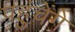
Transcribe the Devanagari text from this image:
पहुंचेंगे